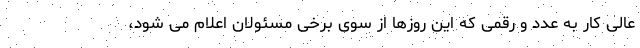
عالی کار به عدد و رقمی که این روزها از سوی برخی مسئولان اعلام می شود،